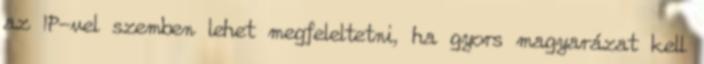
az IP-vel szemben lehet megfeleltetni, ha gyors magyarázat kell